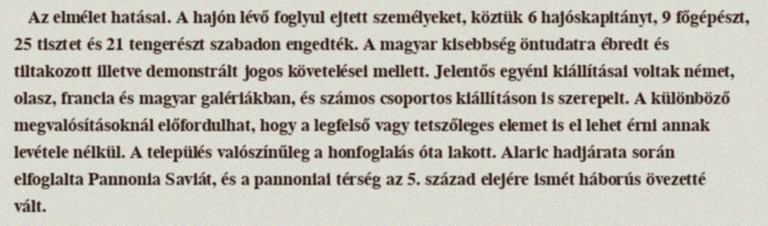
Az elmélet hatásai. A hajón lévő foglyul ejtett személyeket, köztük 6 hajóskapitányt, 9 főgépészt, 25 tisztet és 21 tengerészt szabadon engedték. A magyar kisebbség öntudatra ébredt és tiltakozott illetve demonstrált jogos követelései mellett. Jelentős egyéni kiállításai voltak német, olasz, francia és magyar galériákban, és számos csoportos kiállításon is szerepelt. A különböző megvalósításoknál előfordulhat, hogy a legfelső vagy tetszőleges elemet is el lehet érni annak levétele nélkül. A település valószínűleg a honfoglalás óta lakott. Alaric hadjárata során elfoglalta Pannonia Saviát, és a pannoniai térség az 5. század elejére ismét háborús övezetté vált.